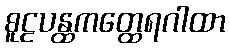
စူဠပန္ထကတ္ထေရဂါထာ